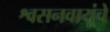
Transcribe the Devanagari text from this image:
श्वसनवायूंचे